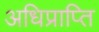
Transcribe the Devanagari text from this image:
अधिप्राप्‍ति